Vaccination in Bombay 1924-1928 - 1924-1928
Year: 1924
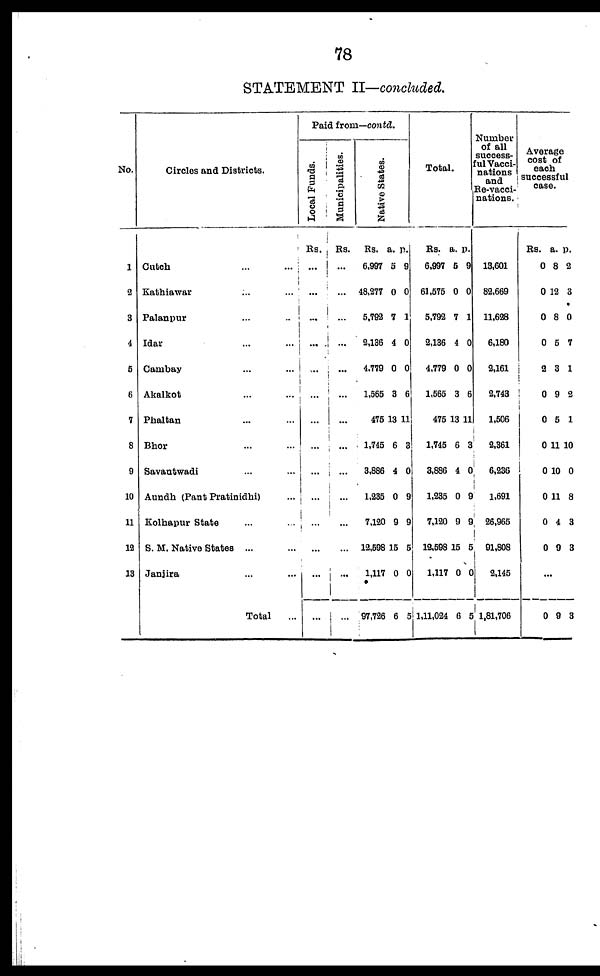
78
STATEMENT II—concluded.
No.
1
2
3
4
6
6
7
8
9
10
11
12
13
Circles and Districts.
Cutch
...
...
Kathiawar ... ...
Palanpur ... ...
Idar ... ...
Cambay ... ...
Akalkot ... ...
Phaltan ... ...
Bhor ... ...
Savantwadi ... ...
Aundh (Pant Pratinidhi) ...
Kolhapur State ... ...
S. M. Native States ... ...
Janjira ... ...
Total
...
Paid from—contd.
Local Funds.
Rs.
...
...
...
...
...
...
...
...
...
...
...
...
...
...
Municipalities.
Rs.
...
...
...
...
...
...
...
...
...
...
...
...
...
...
Native States.
Rs.
6,997
48,277
5,792
2,136
4,779
1,565
475
1,745
3,886
1,235
7,120
12,598
1,117
97,726
a.
5
0
7
4
0
3
13
6
4
0
9
15
0
6
p.
9
0
1
0
0
6
11
3
0
9
9
5
0
5
Total.
Rs.
6,997
61,575
5,792
2,136
4,779
1,565
475
1,745
3,886
1,235
7,120
12,598
1,117
1,11,024
a.
5
0
7
4
0
3
13
6
4
0
9
15
0
6
p.
9
0
1
0
0
6
11
3
0
9
9
5
0
5
Number
of all
success-
ful Vacci-
nations
and
Re-vacci-
nations.
13,601
82,669
11,628
6,180
2,161
2,743
1,506
2,361
6,236
1,691
26,965
91,808
2,145
1,81,706
Average
cost of
each
successful
case.
Rs.
0
0
0
0
2
0
0
0
0
0
0
0
a.
8
12
8
5
3
9
5
11
10
11
4
9
p.
2
3
0
7
1
2
1
10
0
8
3
3
...
0 9 3